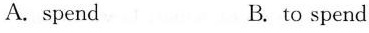
A.spend B.to spend